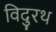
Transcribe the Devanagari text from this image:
विदुरथ